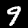
Digit: 9